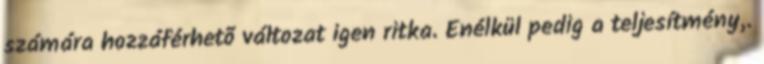
számára hozzáférhetõ változat igen ritka. Enélkül pedig a teljesítmény,.